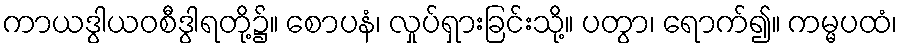
ကာယဒွါယဝစီဒွါရတို့၌။ စောပနံ၊ လှုပ်ရှားခြင်းသို့။ ပတွာ၊ ရောက်၍။ ကမ္မပထံ၊